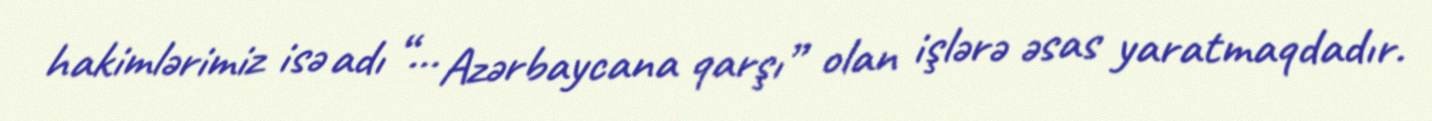
hakimlərimiz isə adı “... Azərbaycana qarşı” olan işlərə əsas yaratmaqdadır.